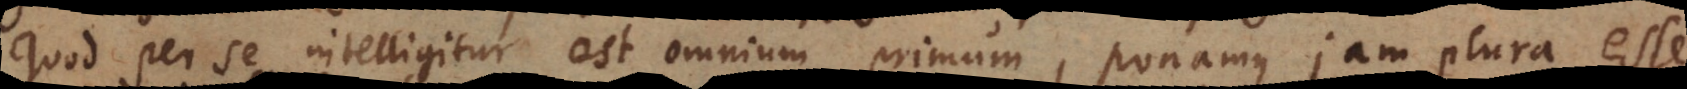
quod per se intelligitur est omnium primum, ponamus jam plura esse